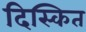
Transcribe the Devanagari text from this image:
दिस्कित